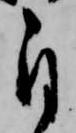
自